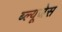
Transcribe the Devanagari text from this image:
ब्ल्यूजेस